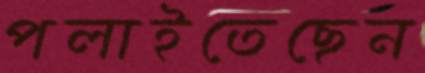
পলাইতেছেন